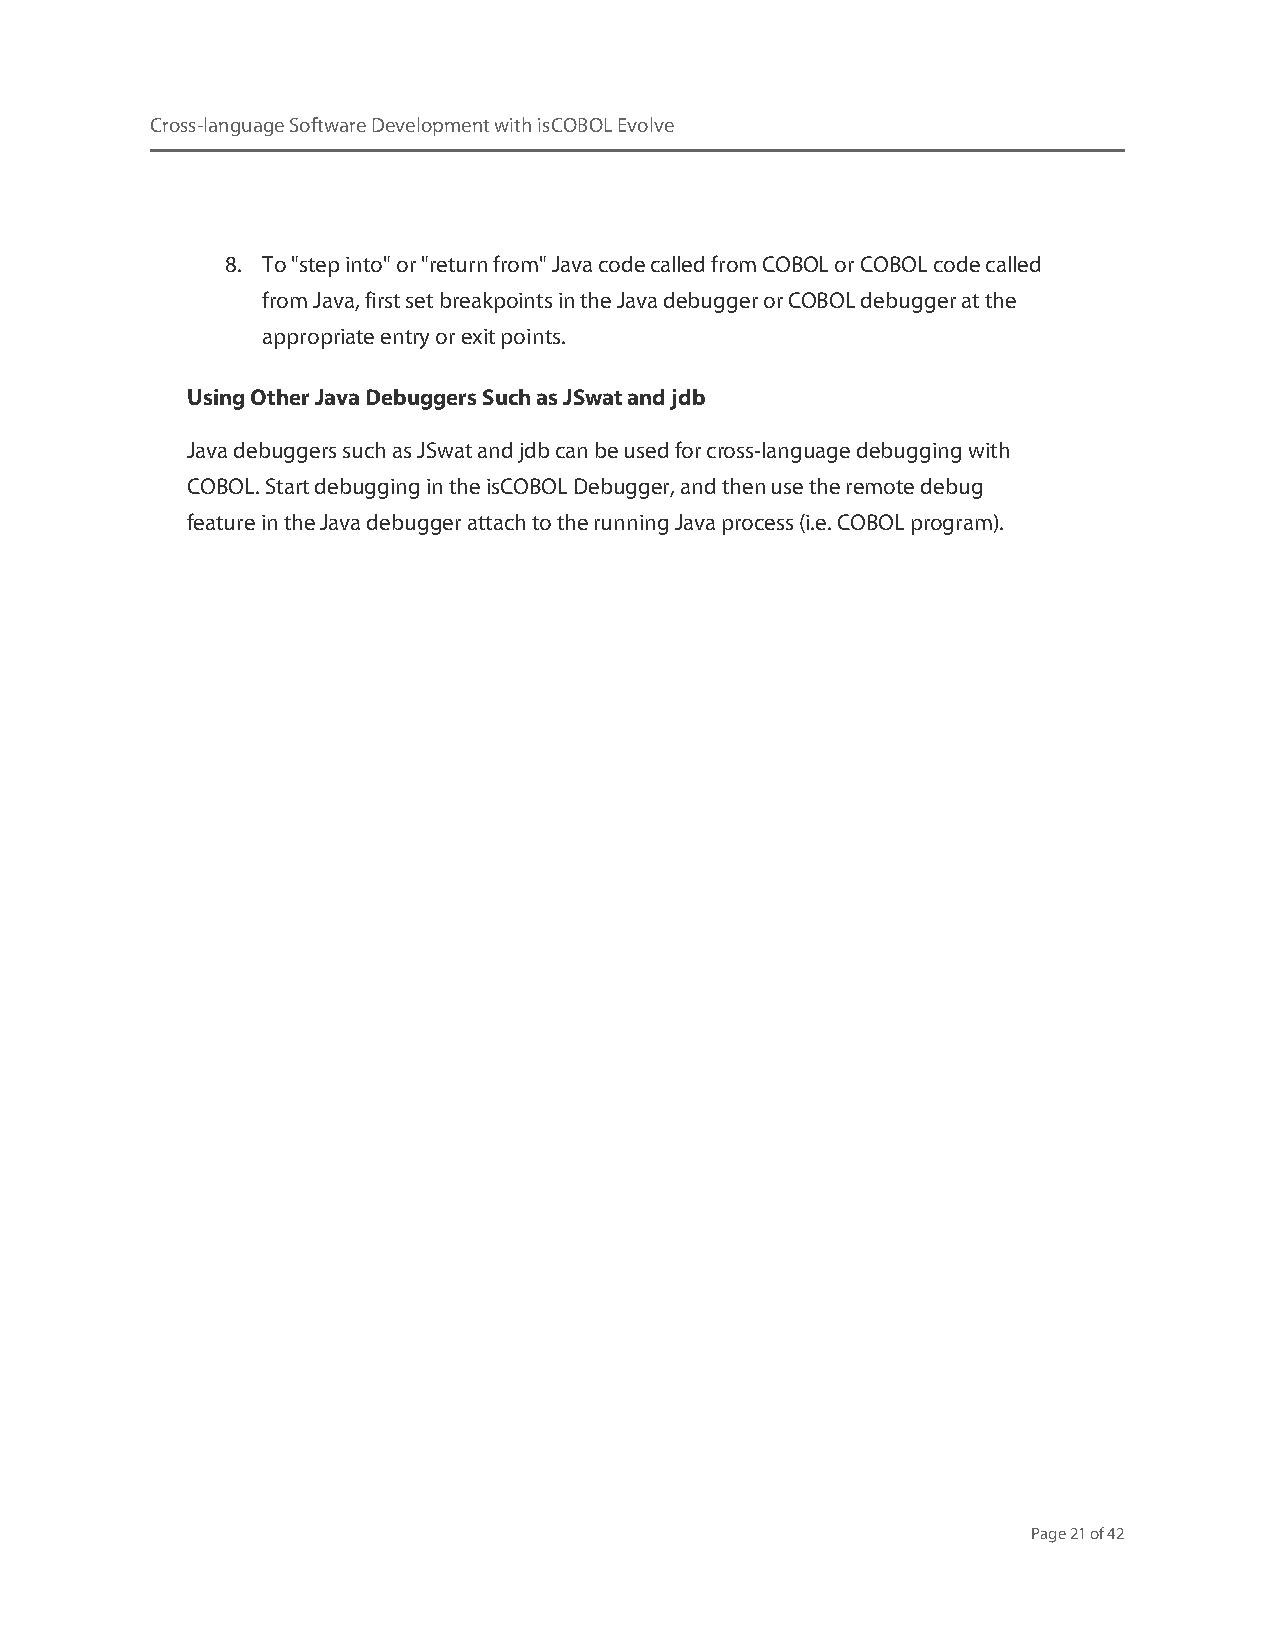
Cross-language Software Development with isCOBOL Evolve
 8. To "step into" or "return from" Java code called from COBOL or COBOL code called
 from Java, first set breakpoints in the Java debugger or COBOL debugger at the
 appropriate entry or exit points.
 Using Other Java Debuggers Such as JSwat and jdb
 Java debuggers such as JSwat and jdb can be used for cross-language debugging with
 COBOL. Start debugging in the isCOBOL Debugger, and then use the remote debug
 feature in the Java debugger attach to the running Java process (i.e. COBOL program).
 Page 21 of 42